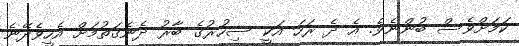
ކަމަށްވެސް ބުންނެވެ. އެ ދެ ރަހަ އަކީ ސިހުރުގެ ބާރު ދެނެގަތުމަށް އެހީވެދޭނެ